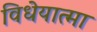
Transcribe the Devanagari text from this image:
विधेयात्मा